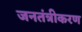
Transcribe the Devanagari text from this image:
जनतंत्रीकरण